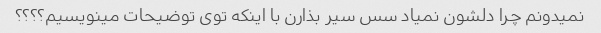
نمیدونم چرا دلشون نمیاد سس سیر بذارن با اینکه توی توضیحات مینویسیم؟؟؟؟